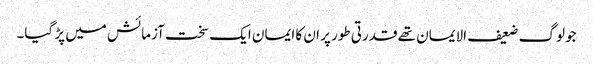
جو لوگ ضعیف الایمان تھے قدرتی طور پر ان کا ایمان ایک سخت آزمائش میں پڑ گیا۔